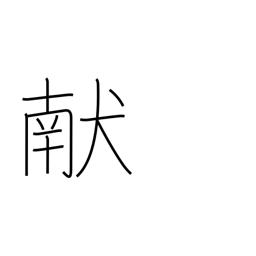
Meaning: offering